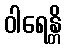
ဝါရေန္တိ